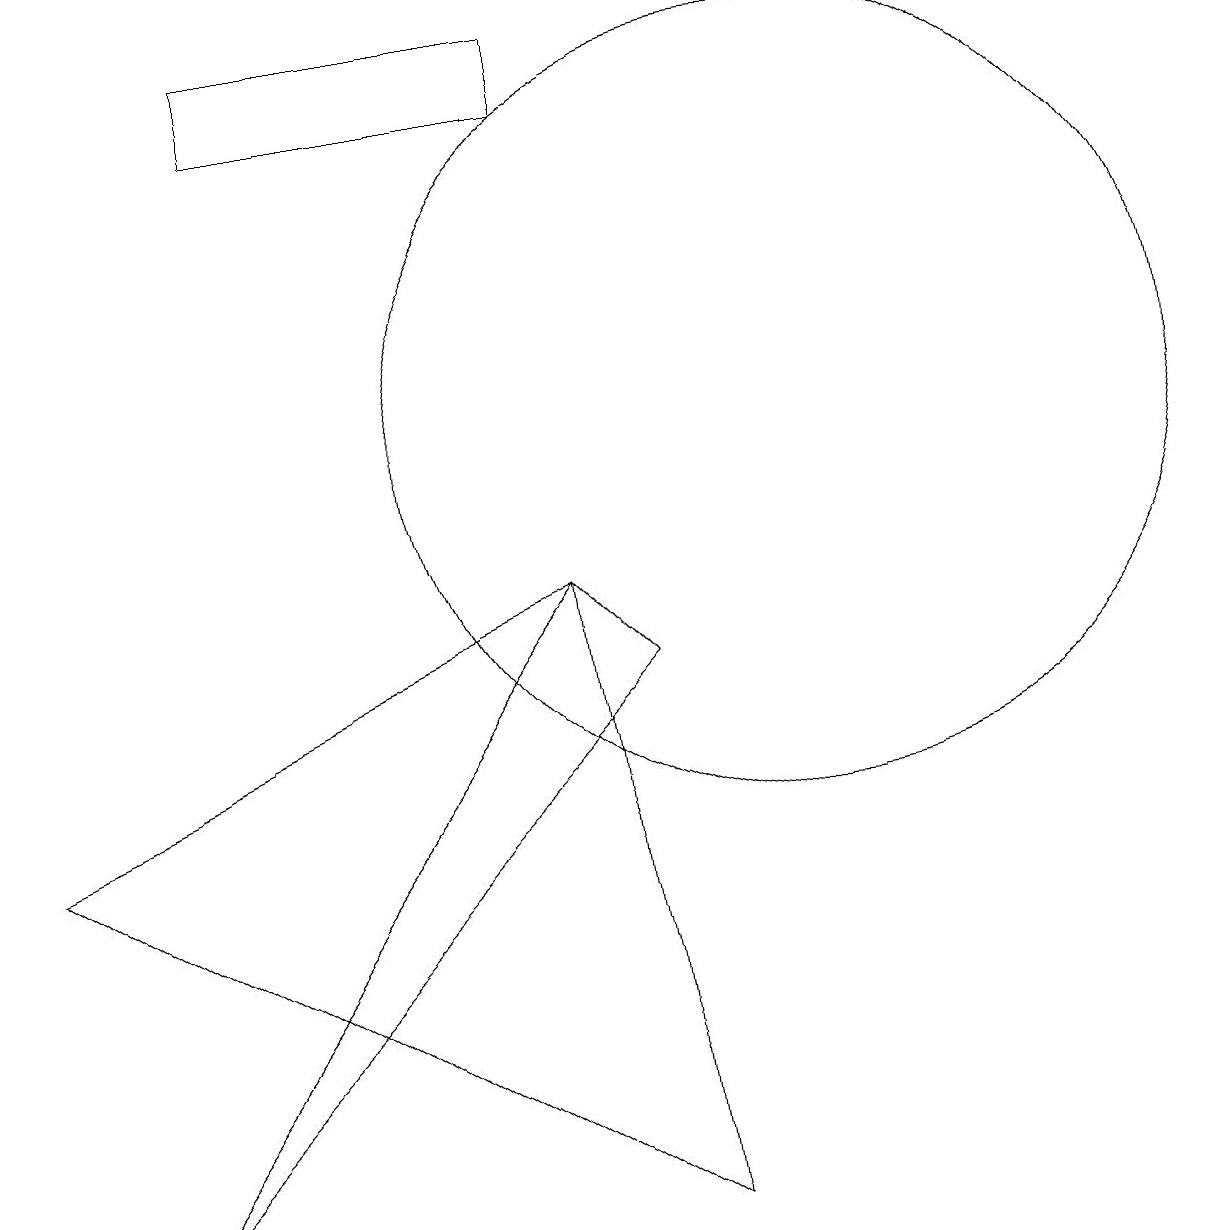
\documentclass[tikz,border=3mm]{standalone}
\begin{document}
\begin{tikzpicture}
\draw (11,11) circle (5);
\draw (1,6) -- (8,9) -- (9,1) -- cycle;
\draw (4,15) rectangle (8,16);
\draw (8,9) -- (9,8) -- (2,1) -- cycle;
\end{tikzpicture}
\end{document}